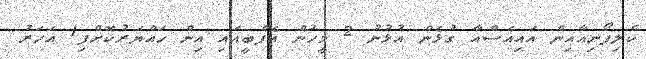
ކެލިފޯނިއާއިން އައިއެސްއާ ގުޅެން އުޅުނު 2 މީހުން އެފްބީއައި އިން ހައްޔަރުކޮށްފި1 އަހަރު